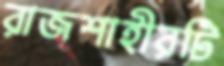
রাজশাহীরটি